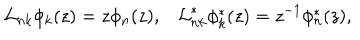
LaTeX: { \cal L } _ { n k } \phi _ { k } ( z ) = z \phi _ { n } ( z ) , { \cal L } _ { n k } ^ { * } \phi _ { k } ^ { * } ( z ) = z ^ { - 1 } \phi _ { n } ^ { * } ( z ) ,